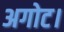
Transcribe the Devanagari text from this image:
अगोट।